Indian journal of veterinary science and animal husbandry - Volume 3,
Year: 1933
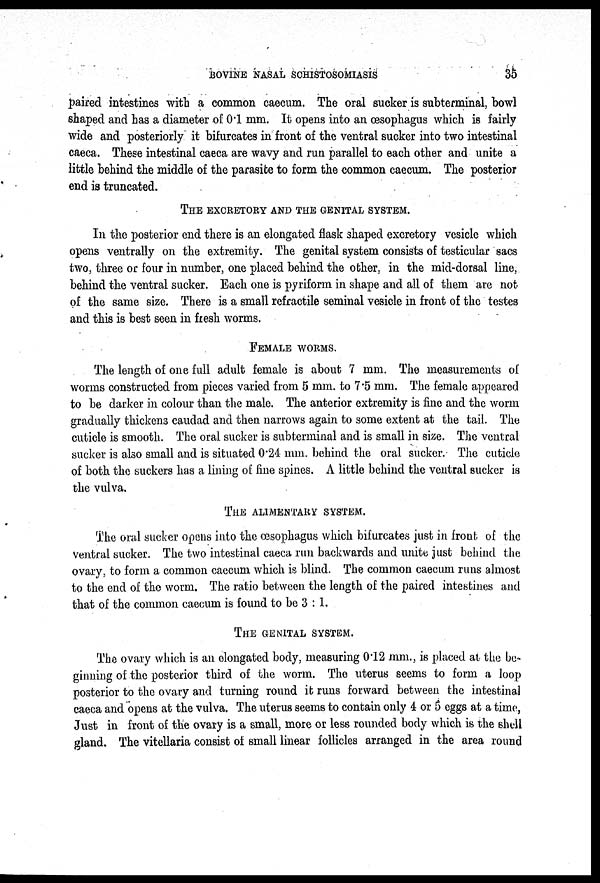
BOVINE NASAL SCHISTOSOMIASIS
35
paired intestines with a common caecum. The oral sucker is subterminal, bowl
shaped and has a diameter of 0.1 mm. It opens into an œsophagus which is fairly
wide and posteriorly it bifurcates in front of the ventral sucker into two intestinal
caeca. These intestinal caeca are wavy and run parallel to each other and unite a
little behind the middle of the parasite to form the common caecum. The posterior
end is truncated.
THE EXCRETORY AND THE GENITAL SYSTEM.
In the posterior end there is an elongated flask shaped excretory vesicle which
opens ventrally on the extremity. The genital system consists of testicular sacs
two, three or four in number, one placed behind the other, in the mid-dorsal line,
behind the ventral sucker. Each one is pyriform in shape and all of them are not
of the same size. There is a small refractile seminal vesicle in front of the testes
and this is best seen in fresh worms.
FEMALE WORMS.
The length of one full adult female is about 7 mm. The measurements of
worms constructed from pieces varied from 5 mm. to 7.5 mm. The female appeared
to be darker in colour than the male. The anterior extremity is fine and the worm
gradually thickens caudad and then narrows again to some extent at the tail. The
cuticle is smooth. The oral sucker is subterminal and is small in size. The ventral
sucker is also small and is situated 0.24 mm. behind the oral sucker. The cuticle
of both the suckers has a lining of fine spines. A little behind the ventral sucker is
the vulva.
THE ALIMENTARY SYSTEM.
The oral sucker opens into the œsophagus which bifurcates just in front. of the
ventral sucker. The two intestinal caeca run backwards and unite just behind the
ovary, to form a common caecum which is blind. The common caecum runs almost
to the end of the worm. The ratio between the length of the paired intestines and
that of the common caecum is found to be 3 : 1.
THE GENITAL SYSTEM.
The ovary which is an elogated body, measuring 0.12 mm., is placed at the be-
ginning of the posterior third of the worm. The uterus seems to form a loop
posterior to the ovary and turning round it runs forward between the intestinal
caeca and opens at the vulva. The uterus seems to contain only 4 or 5 eggs at a time,
Just in front of the ovary is a small, more or less rounded body which is the shell
gland. The vitellaria consist of small linear follicles arranged in the area round